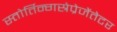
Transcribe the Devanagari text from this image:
स्तोर्तिन्गस्रेप्रेजेंतेटर